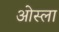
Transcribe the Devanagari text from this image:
ओस्ला